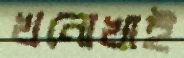
খনোখাই